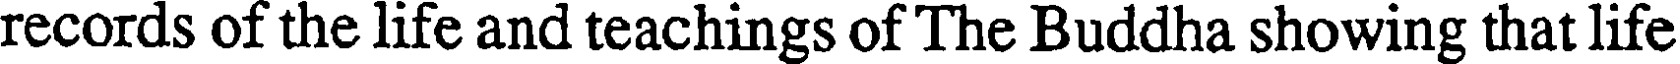
records of the life and teachings of The Buddha showing that life